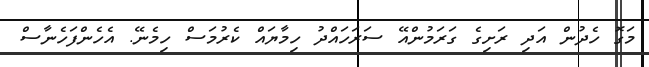
މަގޮ ހެދުން އަދި ރަށިގެ ގަރަމުންއޭ ސަރަހައްދު ހިމާޔައް ކެރުމަސް ހިމެނޭ. އެހެންފަހެނާސް